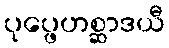
ပုပ္ဖေဟစ္ဆာဒယီ